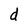
Character: d